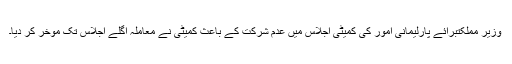
وزیر مملکتبرائے پارلیمانی امور کی کمیٹی اجلاس میں عدم شرکت کے باعث کمیٹی نے معاملہ اگلے اجلاس تک مٔوخر کر دیا۔